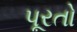
પૂરતો